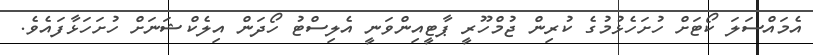
އެމައްސަލަ ކޯޓަށް ހުށަހެޅުމުގެ ކުރިން ޖުމްހޫރީ ޕާޓީއިންވަނީ އެލިސްޓު ހޯދަން އިލެކްޝަނަށް ހުށަހަޅާފައެވެ.